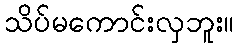
သိပ်မကောင်းလှဘူး။